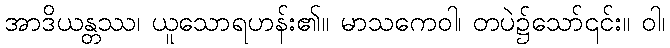
အာဒိယန္တဿ၊ ယူသောရဟန်း၏။ မာသကေဝါ၊ တပဲ၌သော်၎င်း။ ဝါ၊